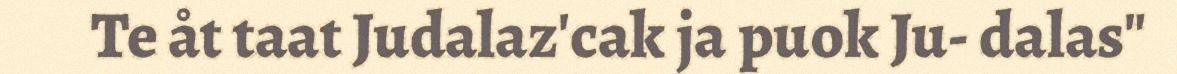
Te åt taat Judalaz'cak ja puok Ju- dalas"